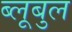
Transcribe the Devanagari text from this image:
ब्लूबुल